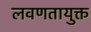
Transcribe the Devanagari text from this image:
लवणतायुक्त